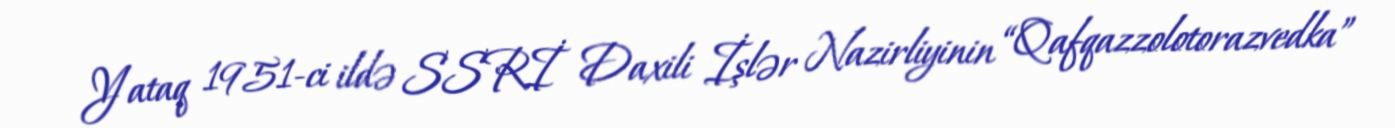
Yataq 1951-ci ildə SSRİ Daxili İşlər Nazirliyinin “Qafqazzolotorazvedka”